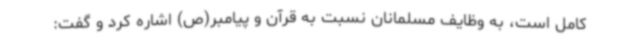
کامل است، به وظایف مسلمانان نسبت به قرآن و پیامبر(ص) اشاره کرد و گفت: